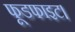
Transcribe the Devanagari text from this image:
फूडफाइट।